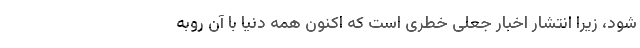
شود، زیرا انتشار اخبار جعلی خطری است که اکنون همه دنیا با آن روبه